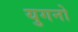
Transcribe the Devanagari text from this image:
युगनो